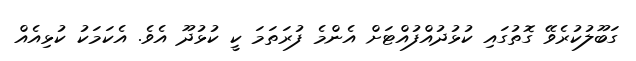
ގަބޫލުކުރެވޭ ގޮތުގައި ކުޅުދުއްފުއްޓަށް އެންމެ ފުރަތަމަ ކީ ކުޅުދޫ އެވެ. އެކަމަކު ކުޅިއެއް